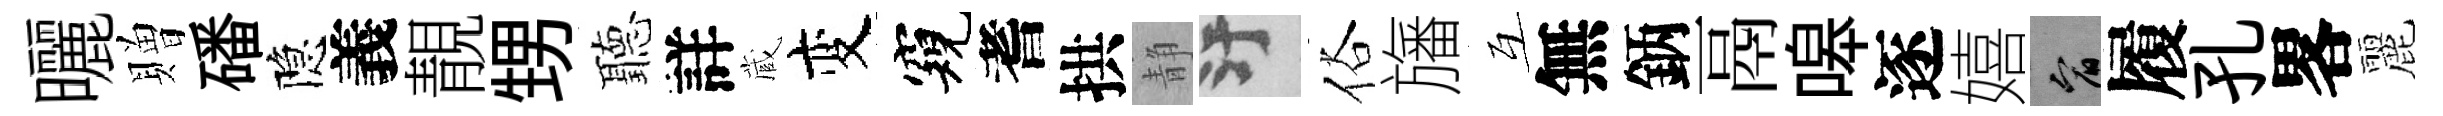
曬贈磻隐義靚甥聽詳蔵变窺耆拱静污俗旛互無鈵鬲嗥逐嬉宥履孔畧麗